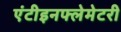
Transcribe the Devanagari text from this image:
एंटीइनफ्लेमेटरी